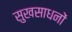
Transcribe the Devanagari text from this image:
सुखसाधनों